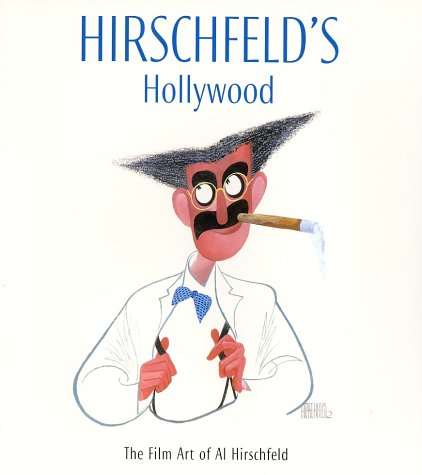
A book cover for Hirschfeld's Hollywood: The Film Art of Al Hirschfeld; David Leopold; Comics & Graphic Novels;